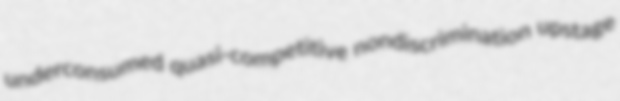
underconsumed quasi-competitive nondiscrimination upstage